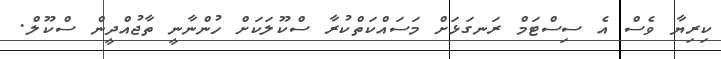
ކިރިޔާ ވެސް އެ ސިސްޓަމް ރަނގަޅަށް މަސައްކަތްކުރާ ސްކޫލަކަށް ހުންނާނީ ތާޖުއްދީން ސްކޫލް.